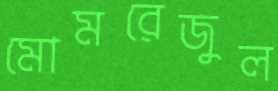
মোমরেজুল